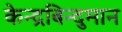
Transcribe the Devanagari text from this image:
केन्द्रबिन्दुमान